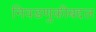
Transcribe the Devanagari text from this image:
निवडणुकीबद्दल